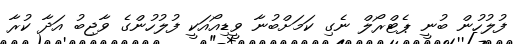
ފުލުހުން ބުނީ ޕެޓްރޯލް ނެގި ކަމަށްބުނާ ވީޑިއޯއަކީ ފުލުހުންގެ ވާޖިބު އަދާ ކުރާ